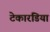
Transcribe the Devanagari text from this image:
टेकारडिया